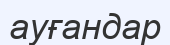
ауғандар